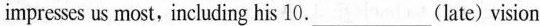
impresses us most, including his 10.___(late) vision